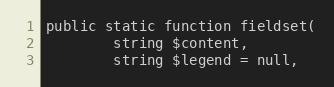
Language: PHP
public static function fieldset(
        string $content,
        string $legend = null,